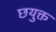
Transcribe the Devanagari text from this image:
छयुक्त